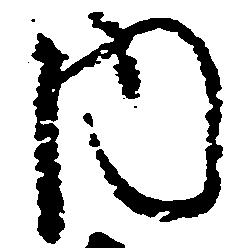
内